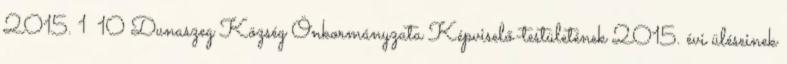
2015. 1 10 Dunaszeg Község Önkormányzata Képviselő-testületének 2015. évi üléseinek